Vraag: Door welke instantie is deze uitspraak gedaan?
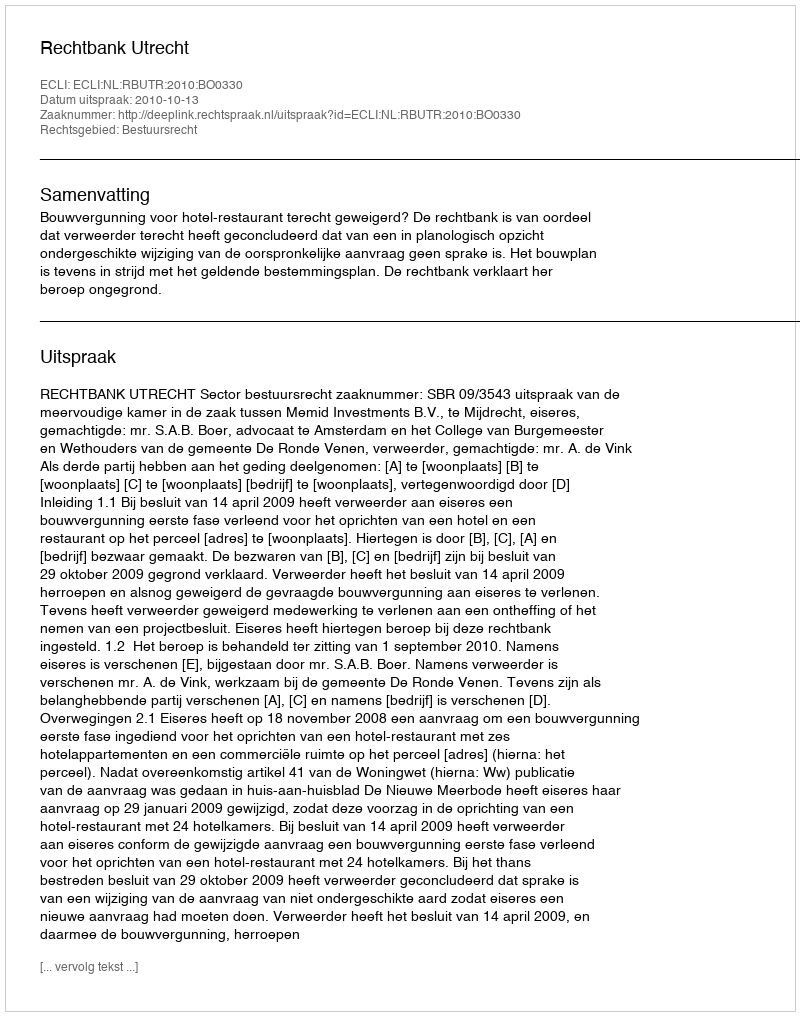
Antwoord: Rechtbank Utrecht